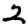
Digit: 2